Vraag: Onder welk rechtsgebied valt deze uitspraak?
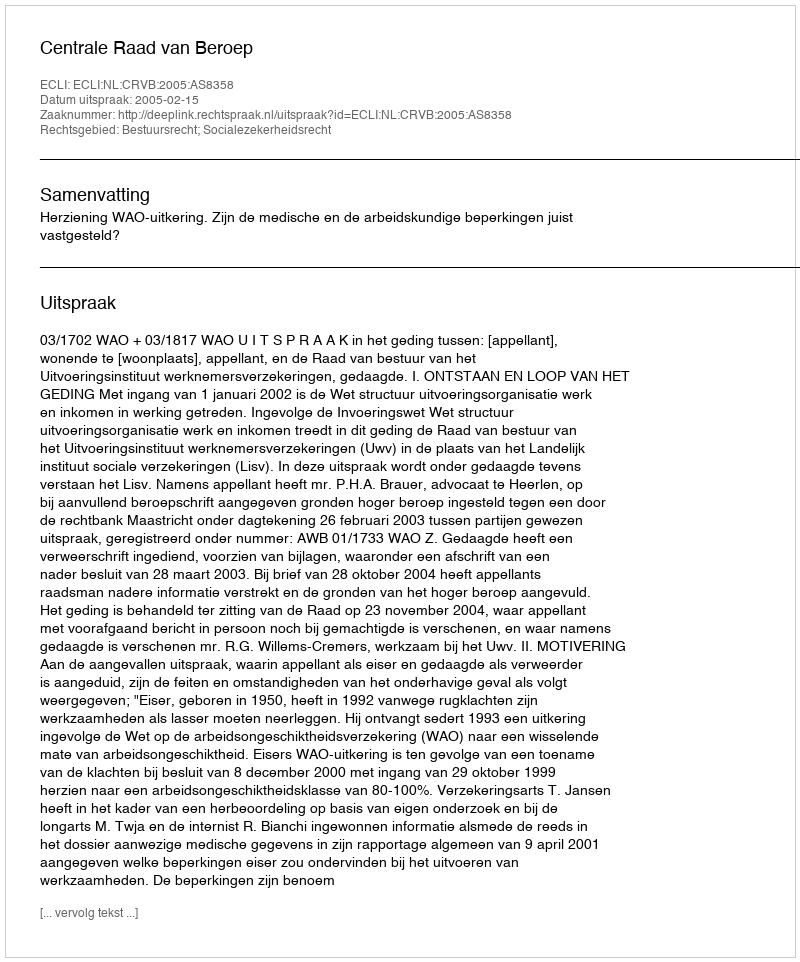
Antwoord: Bestuursrecht; Socialezekerheidsrecht